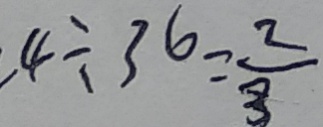
4 \div 3 6 = \frac { 2 } { 3 }